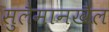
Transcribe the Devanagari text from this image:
सुलैमानखैल